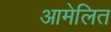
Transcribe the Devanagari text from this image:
आमेलित